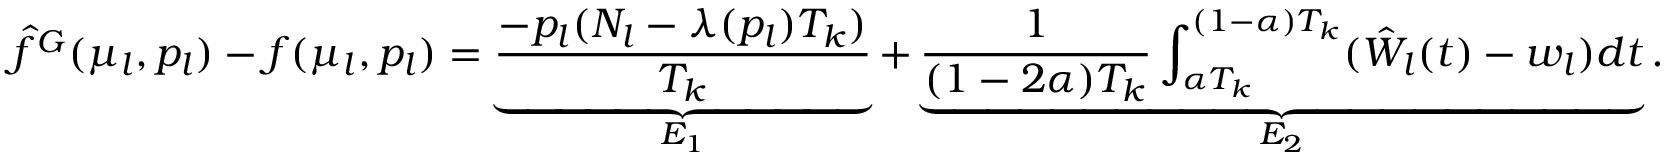
\hat { f } ^ { G } ( \mu _ { l } , p _ { l } ) - f ( \mu _ { l } , p _ { l } ) = \underbrace { \frac { - p _ { l } ( N _ { l } - \lambda ( p _ { l } ) T _ { k } ) } { T _ { k } } } _ { E _ { 1 } } + \underbrace { \frac { 1 } { ( 1 - 2 \alpha ) T _ { k } } \int _ { \alpha T _ { k } } ^ { ( 1 - \alpha ) T _ { k } } ( \hat { W } _ { l } ( t ) - w _ { l } ) d t } _ { E _ { 2 } } .